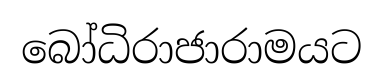
බෝධිරාජාරාමයට